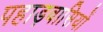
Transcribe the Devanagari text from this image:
पहाड़वासियों